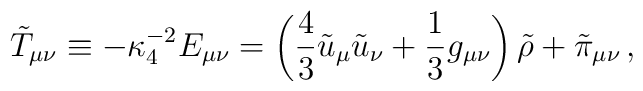
\tilde{T}_{\mu\nu} \equiv -\kappa_4^{-2} E_{\mu\nu}= \left({4\over3}\tilde{u}_\mu\tilde{u}_\nu + {1\over3}g_{\mu\nu}\right) \tilde\rho + \tilde\pi_{\mu\nu} \,,